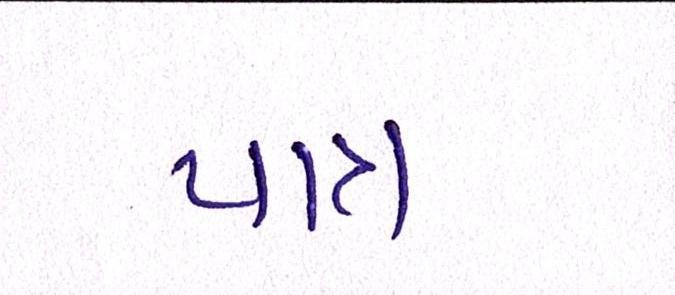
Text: પાત્ર